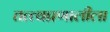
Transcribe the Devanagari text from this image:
तत्त्वप्रणालीला